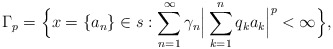
\begin{align*}{}\Gamma_p&= \Big\{x=\{a_n\}\in s: \displaystyle\sum_{n=1}^{\infty} \gamma_n\Big|\sum_{k=1}^{n}q_ka_k\Big|^p < \infty\Big\},\end{align*}